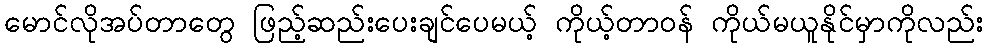
မောင်လိုအပ်တာတွေ ဖြည့်ဆည်းပေးချင်ပေမယ့် ကိုယ့်တာဝန် ကိုယ်မယူနိုင်မှာကိုလည်း